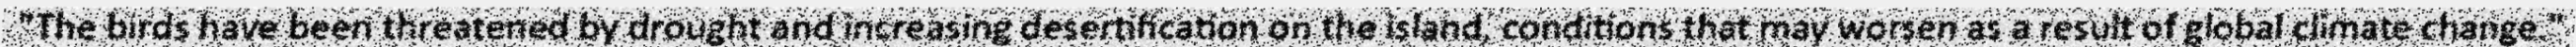
"The birds have been threatened by drought and increasing desertification on the island, conditions that may worsen as a result of global climate change."